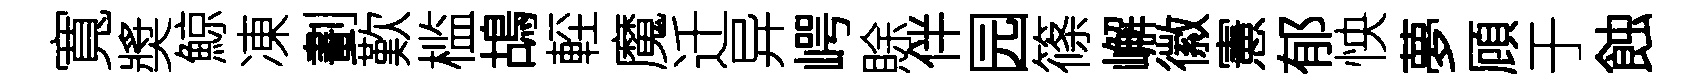
寬奬鯨凍劃歎槛鴣䡖魔迁异崿賖伴园篠嶰徽憲郁怏夢頋于蝕